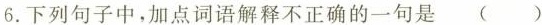
6.下列句子中，加点词语解释不正确的一句是 ()